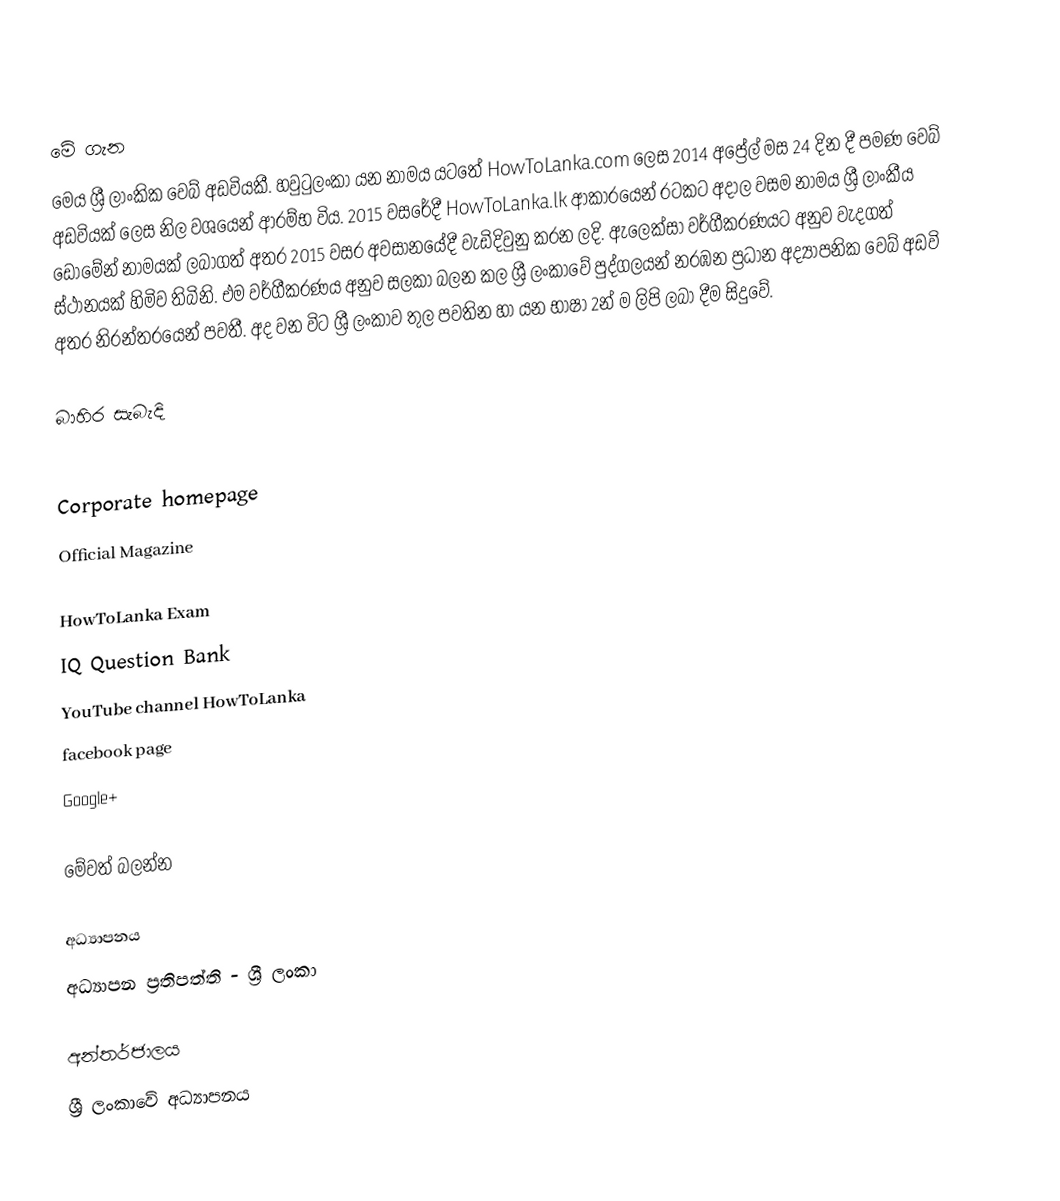

මේ ගැන
මෙය ශ්‍රී ලාංකික වෙබ් අඩවියකී. හවුටුලංකා යන නාමය යටතේ HowToLanka.com ලෙස 2014 අ‍ප්‍රේල් මස 24 දින දී පමණ වෙබ් අඩවියක් ලෙස නිල වශයෙන් ආරම්භ විය. 2015 වසරේදී HowToLanka.lk ආකාරයෙන් රටකට අදාල වසම නාමය ශ්‍රී ලාංකීය ඩොමේන් නාමයක් ලබාගත් අතර 2015 වසර අවසානයේදී වැඩිදිවුනු කරන ලදි. ඇලෙක්සා වර්ගීකරණයට අනුව වැදගත් ස්ථානයක් හිමිව තිබිනි.  එම වර්ගීකරණය අනුව සලකා බලන කල ශ්‍රී ලංකාවේ පුද්ගලයන් නරඹන ප්‍රධාන අද්‍යාපනික වෙබ් අඩවි අතර නිරන්තරයෙන් පවතී. අද වන විට  ශ්‍රී ලංකාව තුල පවතින  හා  යන භාෂා 2න් ම ලිපි ලබා දීම සිදුවේ.

බාහිර සැබැදි

 Corporate homepage
 Official Magazine

 HowToLanka Exam
 IQ Question Bank
 YouTube channel HowToLanka
 facebook page
 Google+

මේවත් බලන්න

 අධ්‍යාපනය
 අධ්‍යාපන ප්‍රතිපත්ති - ශ්‍රී ලංකා

අන්තර්ජාලය
ශ්‍රී ලංකාවේ අධ්‍යාපනය